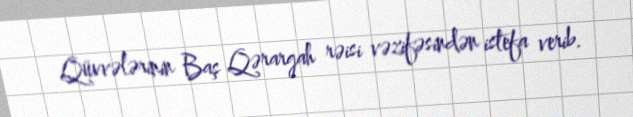
Qüvvələrinin Baş Qərargah rəisi vəzifəsindən istefa verib.